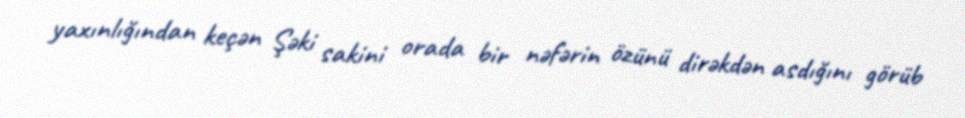
yaxınlığından keçən Şəki sakini orada bir nəfərin özünü dirəkdən asdığını görüb